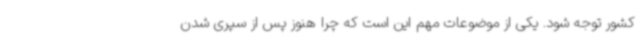
کشور توجه شود. یکی از موضوعات مهم این است که چرا هنوز پس از سپری شدن